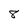
Character: 8